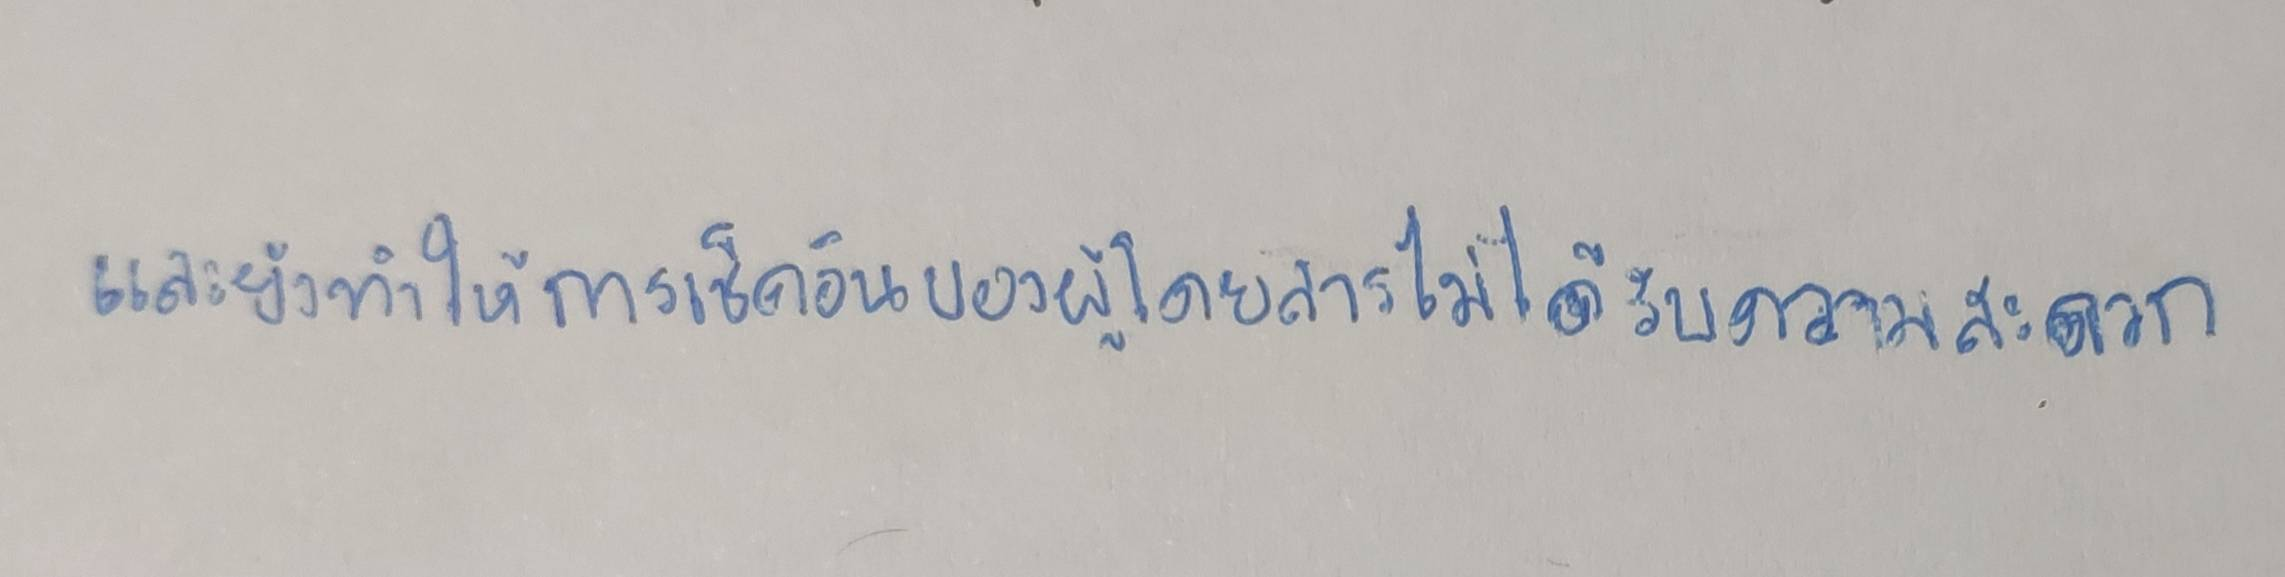
และยังทำให้การเช็คอินของผู้โดยสารไม่ได้รับความสะดวก